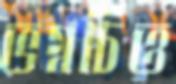
ভগ্নচিত্ত